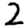
Digit: 2